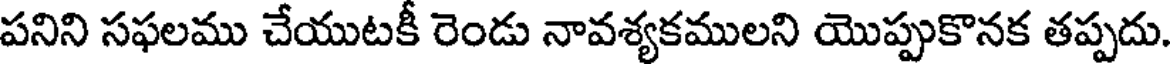
పనిని సఫలము చేయుటకీ రెండు నావశ్యకములని యొప్పుకొనక తప్పదు.